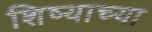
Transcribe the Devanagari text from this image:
शिष्याच्या